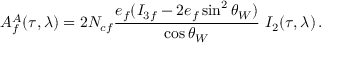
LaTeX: A _ { f } ^ { A } ( \tau , \lambda ) = 2 N _ { c f } \frac { e _ { f } ( I _ { 3 f } - 2 e _ { f } \sin ^ { 2 } \theta _ { W } ) } { \cos \theta _ { W } } ~ I _ { 2 } ( \tau , \lambda ) \, .